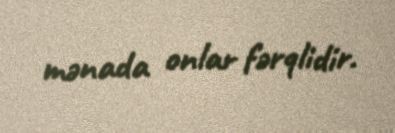
mənada onlar fərqlidir.